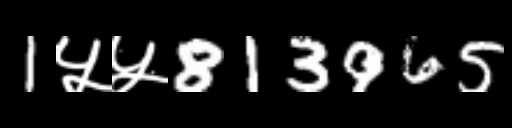
Text: 1५५813965